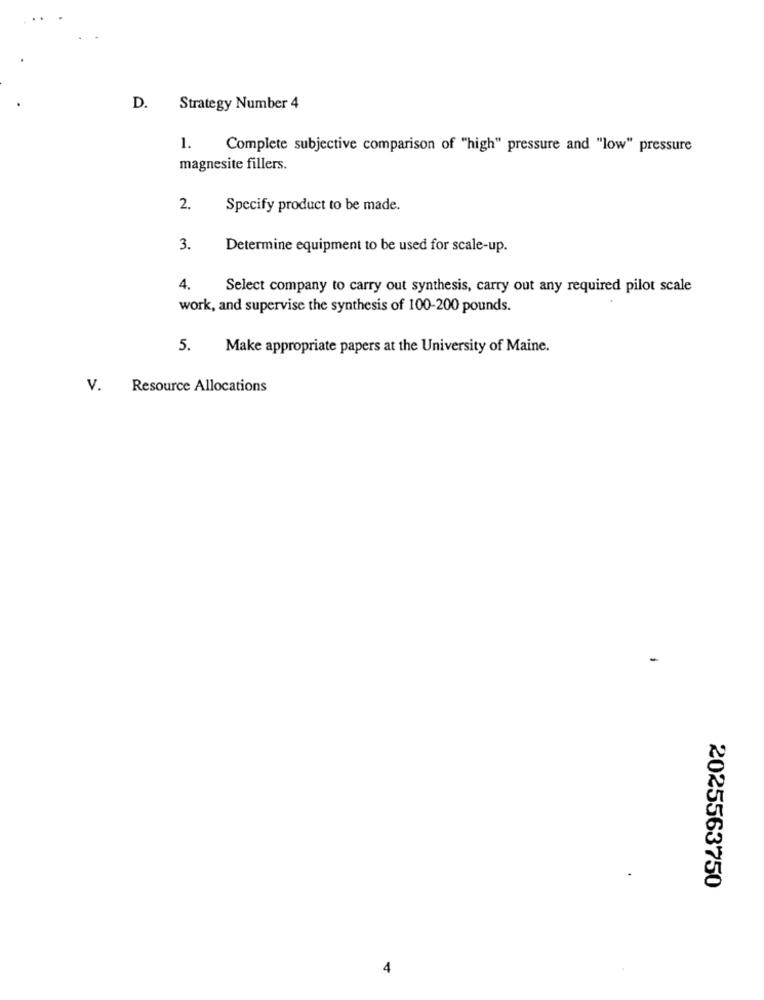
D. Strategy Number 4
1.
Complete subjective comparison of "high" pressure and "low" pressure
magnesite fillers.
2.
Specify product to be made.
3.
Determine equipment to be used for scale-up.
4.
Select company to carry out synthesis, carry out any required pilot scale
work, and supervise the synthesis of 100-200 pounds.
5.
Make appropriate papers at the University of Maine.
V.
Resource Allocations
-
2025563750
4